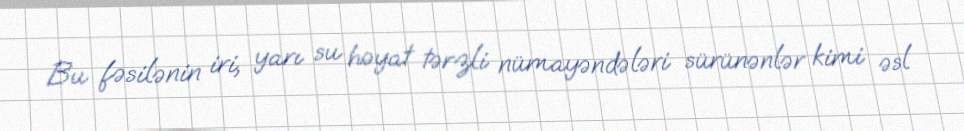
Bu fəsilənin iri, yarı su həyat tərzli nümayəndələri sürünənlər kimi əsl